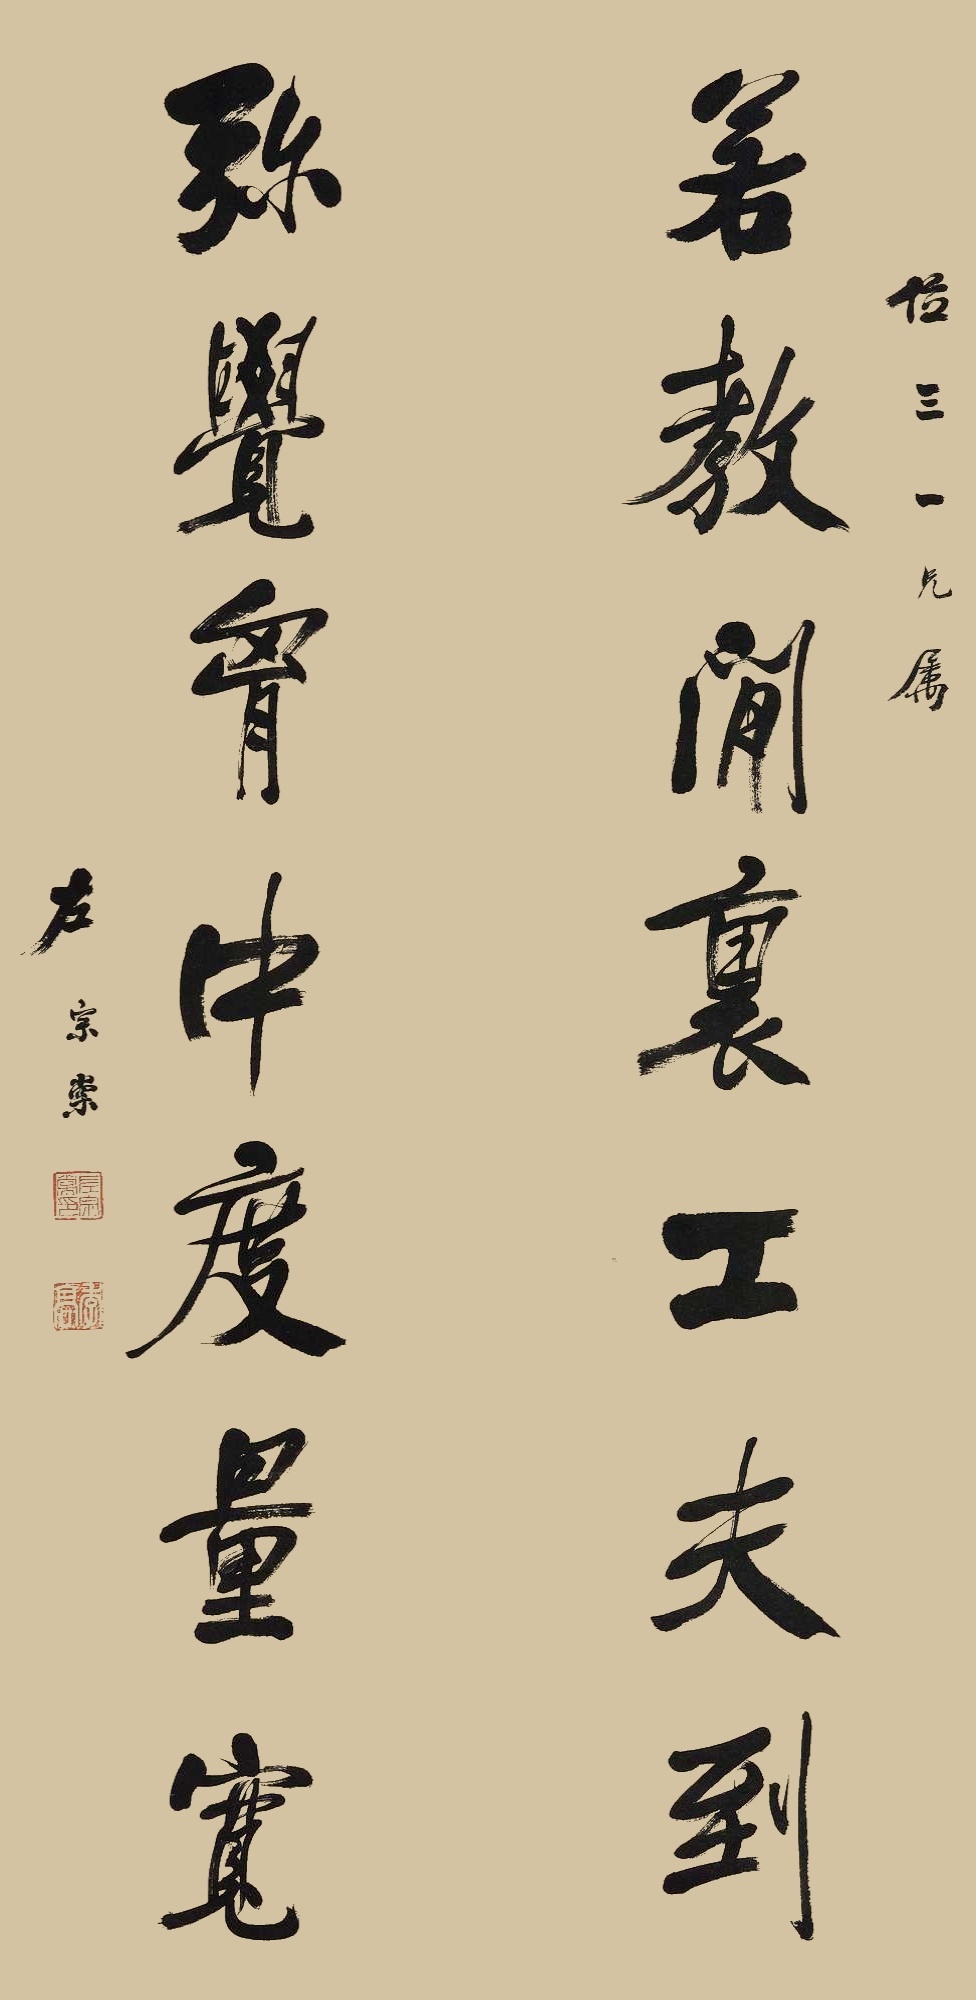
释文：若教闲里工夫到，弥觉骨中度量宽。位三一兄属，左宗棠。